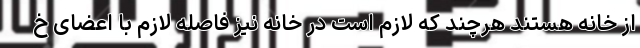
از خانه هستند هرچند که لازم است در خانه نیز فاصله لازم با اعضای خ